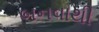
બનવાથી